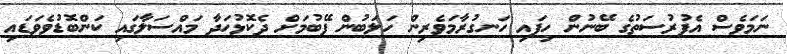
ނަމަވެސް އެފުރުސަތުގެ ބޭނުން ހިފައި ހަނގުރާމަވެރިން ހަލަބުން ފޭބުމަށް ދެކޮޅުހަދާ މައްސަލާގައި ކަންބޮޑުވެވަޑައި